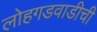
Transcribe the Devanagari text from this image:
लोहगडवाडीची